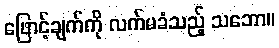
ဖြောင့်ချက်ကို လက်မခံသည့် သဘော။